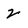
Character: 2